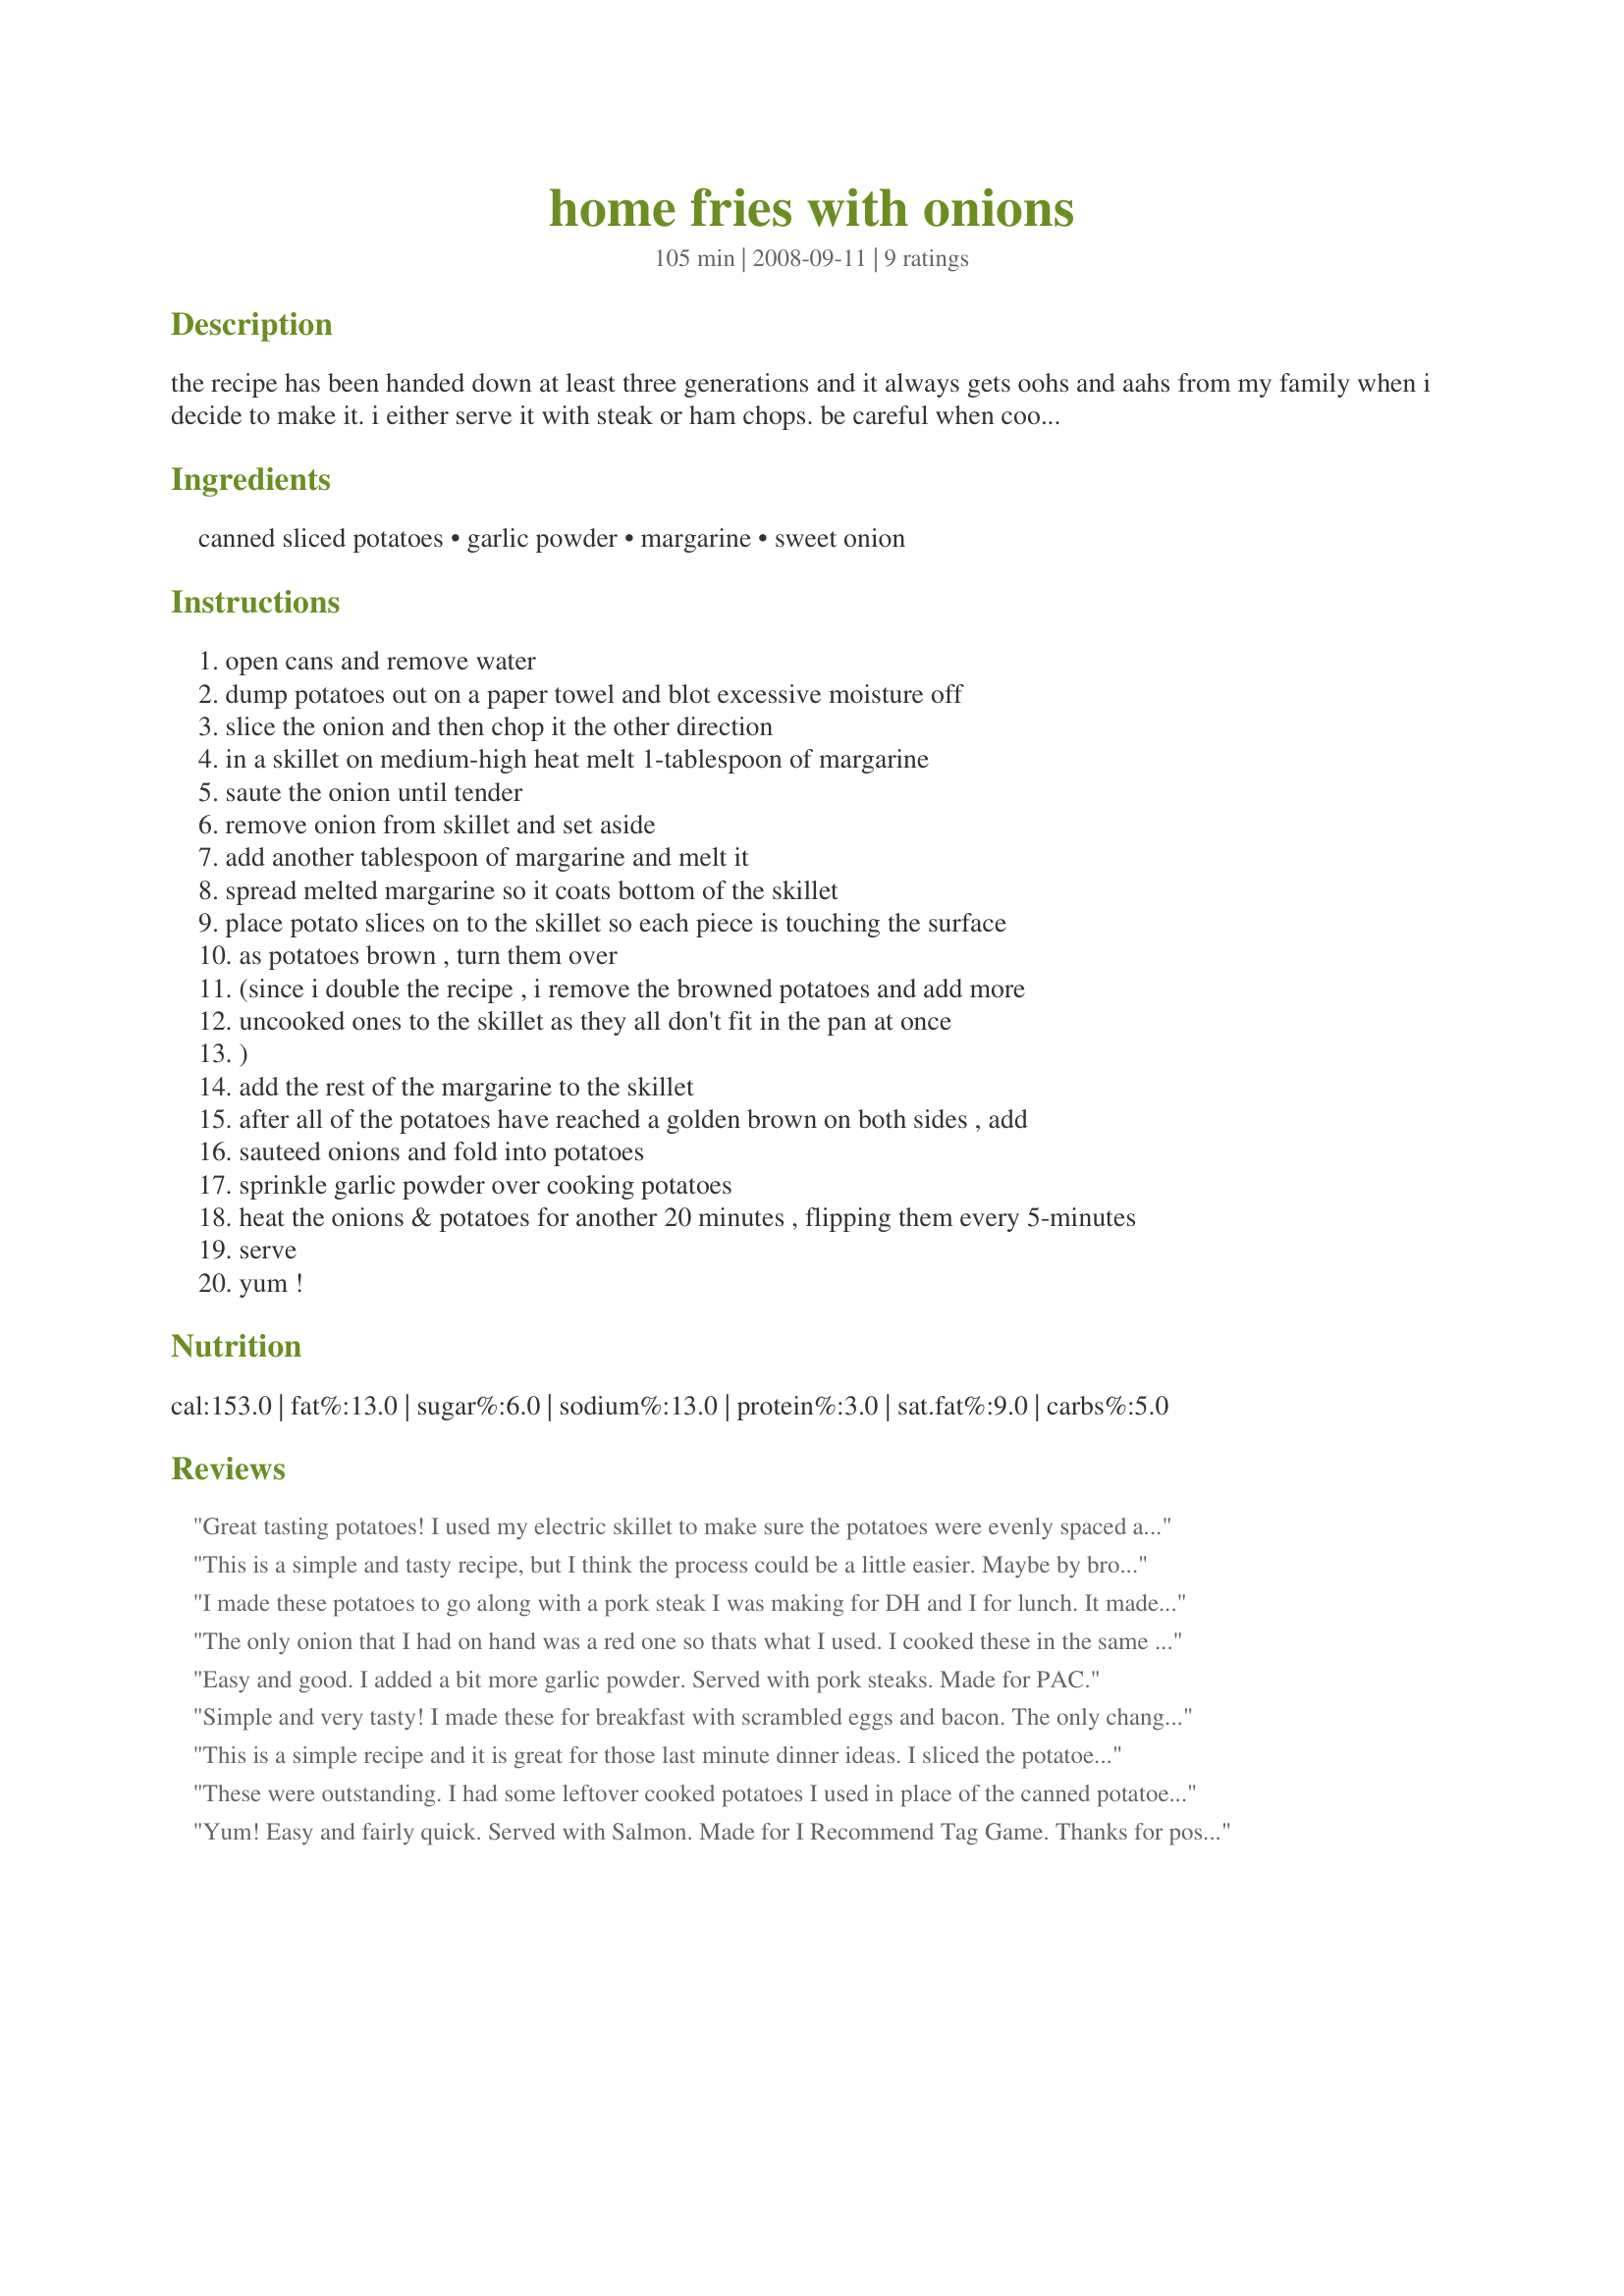
home fries with onions
Preparation time: 105 minutes

the recipe has been handed down at least three generations
and it always gets oohs and aahs from my family when i decide to make it.
i either serve it with steak or ham chops. be careful when cooking the potatoes as they sometimes pop right out of the skillet. one of those screen
covers would work really well.

Ingredients:
canned sliced potatoes, garlic powder, margarine, sweet onion

Steps:
open cans and remove water
dump potatoes out on a paper towel and blot excessive moisture off
slice the onion and then chop it the other direction
in a skillet on medium-high heat melt 1-tablespoon of margarine
saute the onion until tender
remove onion from skillet and set aside
add another tablespoon of margarine and melt it
spread melted margarine so it coats bottom of the skillet
place potato slices on to the skillet so each piece is touching the surface
as potatoes brown , turn them over
(since i double the recipe , i remove the browned potatoes and add more
uncooked ones to the skillet as they all don't fit in the pan at once
)
add the rest of the margarine to the skillet
after all of the potatoes have reached a golden brown on both sides , add
sauteed onions and fold into potatoes
sprinkle garlic powder over cooking potatoes
heat the onions & potatoes for another 20 minutes , flipping them every 5-minutes
serve
yum !

Reviews:
Great tasting potatoes! I used my electric skillet to make sure the potatoes were evenly spaced and could brown nicely. Served with scrambled eggs and bacon for breakfast and we enjoyed the potatoes a lot. Thank you Acadia for posting your family recipe! Made and reviewed for the Vegetarian/Vegan Recipe Swap #6.
This is a simple and tasty recipe, but I think the process could be a little easier. Maybe by browning the potatos then adding the raw onion and seaoning and letting it cook for the 20 minutes. Just a suggestion, thanks for posting the flavorful potato recipe. Made for PAC fall 08.
I made these potatoes to go along with a pork steak I was making for DH and I for lunch. It made a perfect comfort meal for me!!! I did change a couple of things, I didn't have canned potatoes(plus it would have been too many potatoes for the 2 of us), so peeled and steamed a potato in the microwave. I also used butter instead of margarine, but otherwise, followed as written. I also cooked my onions til they were nice and golden!! Thanks for sharing the recipe that we both enjoyed!! Made for Potluck Tag Game.
The only onion that I had on hand was a red one so thats what I used. I cooked these in the same pan that I had browned chicken in and that worked well. Also added a light sprinkle on corn meal just because a like it added to fried potato's. Very tasty and so easy using canned spuds, I always keep a couple of cans on hand in case of emergency. This was a good way to use one even if there wasn't an emergency. :D
Easy and good. I added a bit more garlic powder. Served with pork steaks. Made for PAC.
Simple and very tasty! I made these for breakfast with scrambled eggs and bacon. The only change I made was to use red potatoes from my garden that I had par-boiled and frozen. Also used 2 shallots in place of the onions (my regular onion smelled a little to sharp) Great breakfast potatoes! Thanks for posting Acadia. Made for Feb Potluck Tag
This is a simple recipe and it is great for those last minute dinner ideas. I sliced the potatoes and put them in the skillet, let them cook just a while then added the onion and other ingredients. These were great. Thanks so much for this recipe.
These were outstanding. I had some leftover cooked potatoes I used in place of the canned potatoes. We enjoyed this with eggs and bacon for brinner (breakfast for dinner)! Directions were very good. Thanks for sharing!
Yum! Easy and fairly quick. Served with Salmon. Made for I Recommend Tag Game. Thanks for posting!
